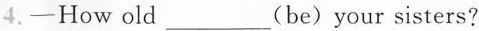
4.-How old_(be)your sisters?